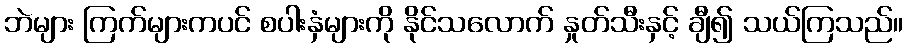
ဘဲများ ကြက်များကပင် စပါးနှံများကို နိုင်သလောက် နှုတ်သီးနှင့် ချီ၍ သယ်ကြသည်။